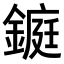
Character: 𨫆